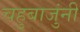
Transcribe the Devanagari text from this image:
चहुबाजुंनी